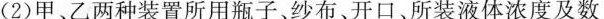
(2)甲、乙两种装置所用瓶子、纱布、开口、所装液体浓度及数